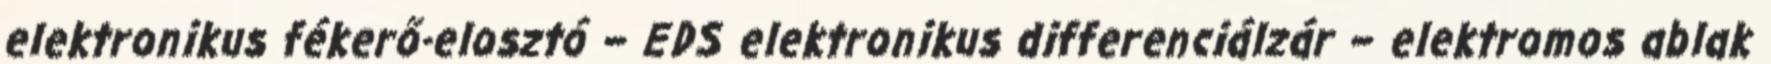
elektronikus fékerő-elosztó – EDS elektronikus differenciálzár – elektromos ablak